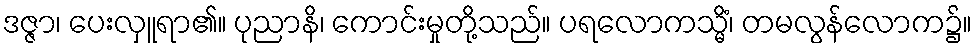
ဒဇ္ဇာ၊ ပေးလှူရာ၏။ ပုညာနိ၊ ကောင်းမှုတို့သည်။ ပရလောကသ္မိံ၊ တမလွန်လောက၌။